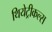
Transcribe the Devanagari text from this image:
थियेट्रीकल्स